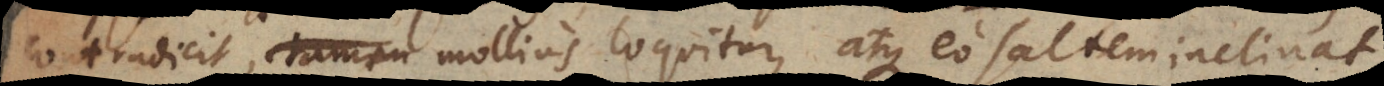
contradicit, tamen mollius loquitur, atque eo saltem inclinat